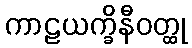
ကာဠယက္ခိနီဝတ္ထု